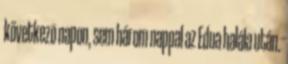
következõ napon, sem három nappal az Edua halála után.